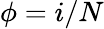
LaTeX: \phi=i/N